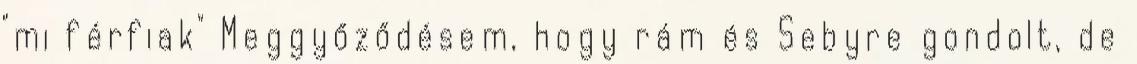
"mi férfiak" Meggyőződésem, hogy rám és Sebyre gondolt, de